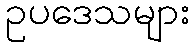
ဥပဒေသများ